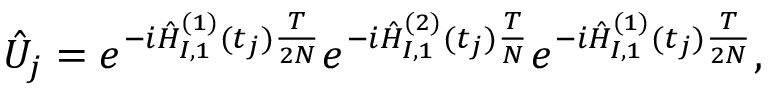
\hat { U } _ { j } = e ^ { - i \hat { H } _ { I , 1 } ^ { ( 1 ) } ( t _ { j } ) \frac { T } { 2 N } } e ^ { - i \hat { H } _ { I , 1 } ^ { ( 2 ) } ( t _ { j } ) \frac { T } { N } } e ^ { - i \hat { H } _ { I , 1 } ^ { ( 1 ) } ( t _ { j } ) \frac { T } { 2 N } } ,